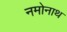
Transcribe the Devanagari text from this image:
नमोनाथ